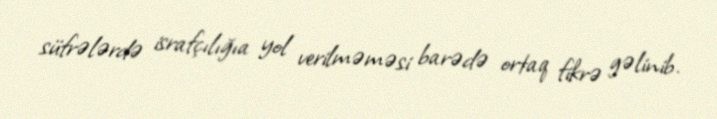
süfrələrdə israfçılığıa yol verilməməsi barədə ortaq fikrə gəlinib.